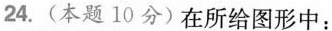
24.(本题10分)在所给图形中：